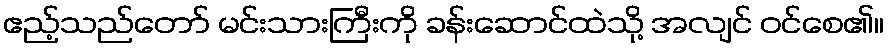
ဧည့်သည်တော် မင်းသားကြီးကို ခန်းဆောင်ထဲသို့ အလျင် ဝင်စေ၏။